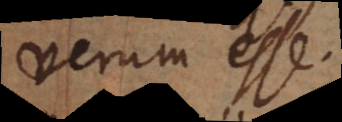
verum esse.